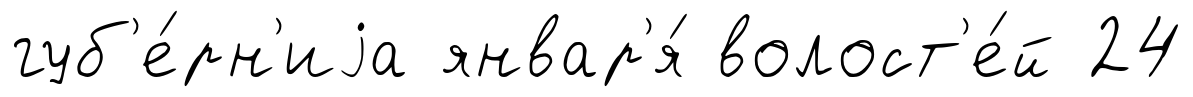
губ'е́рн'иjа январ'я́ волост'е́й 24